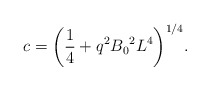
\begin{align*}c={\left({1\over 4}+ q^2 {B_0}^2 L^4\right)}^{1/4}.\end{align*}